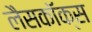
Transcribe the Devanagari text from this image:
लैसकॉक्स